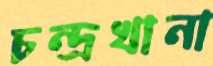
চন্দ্রখানা